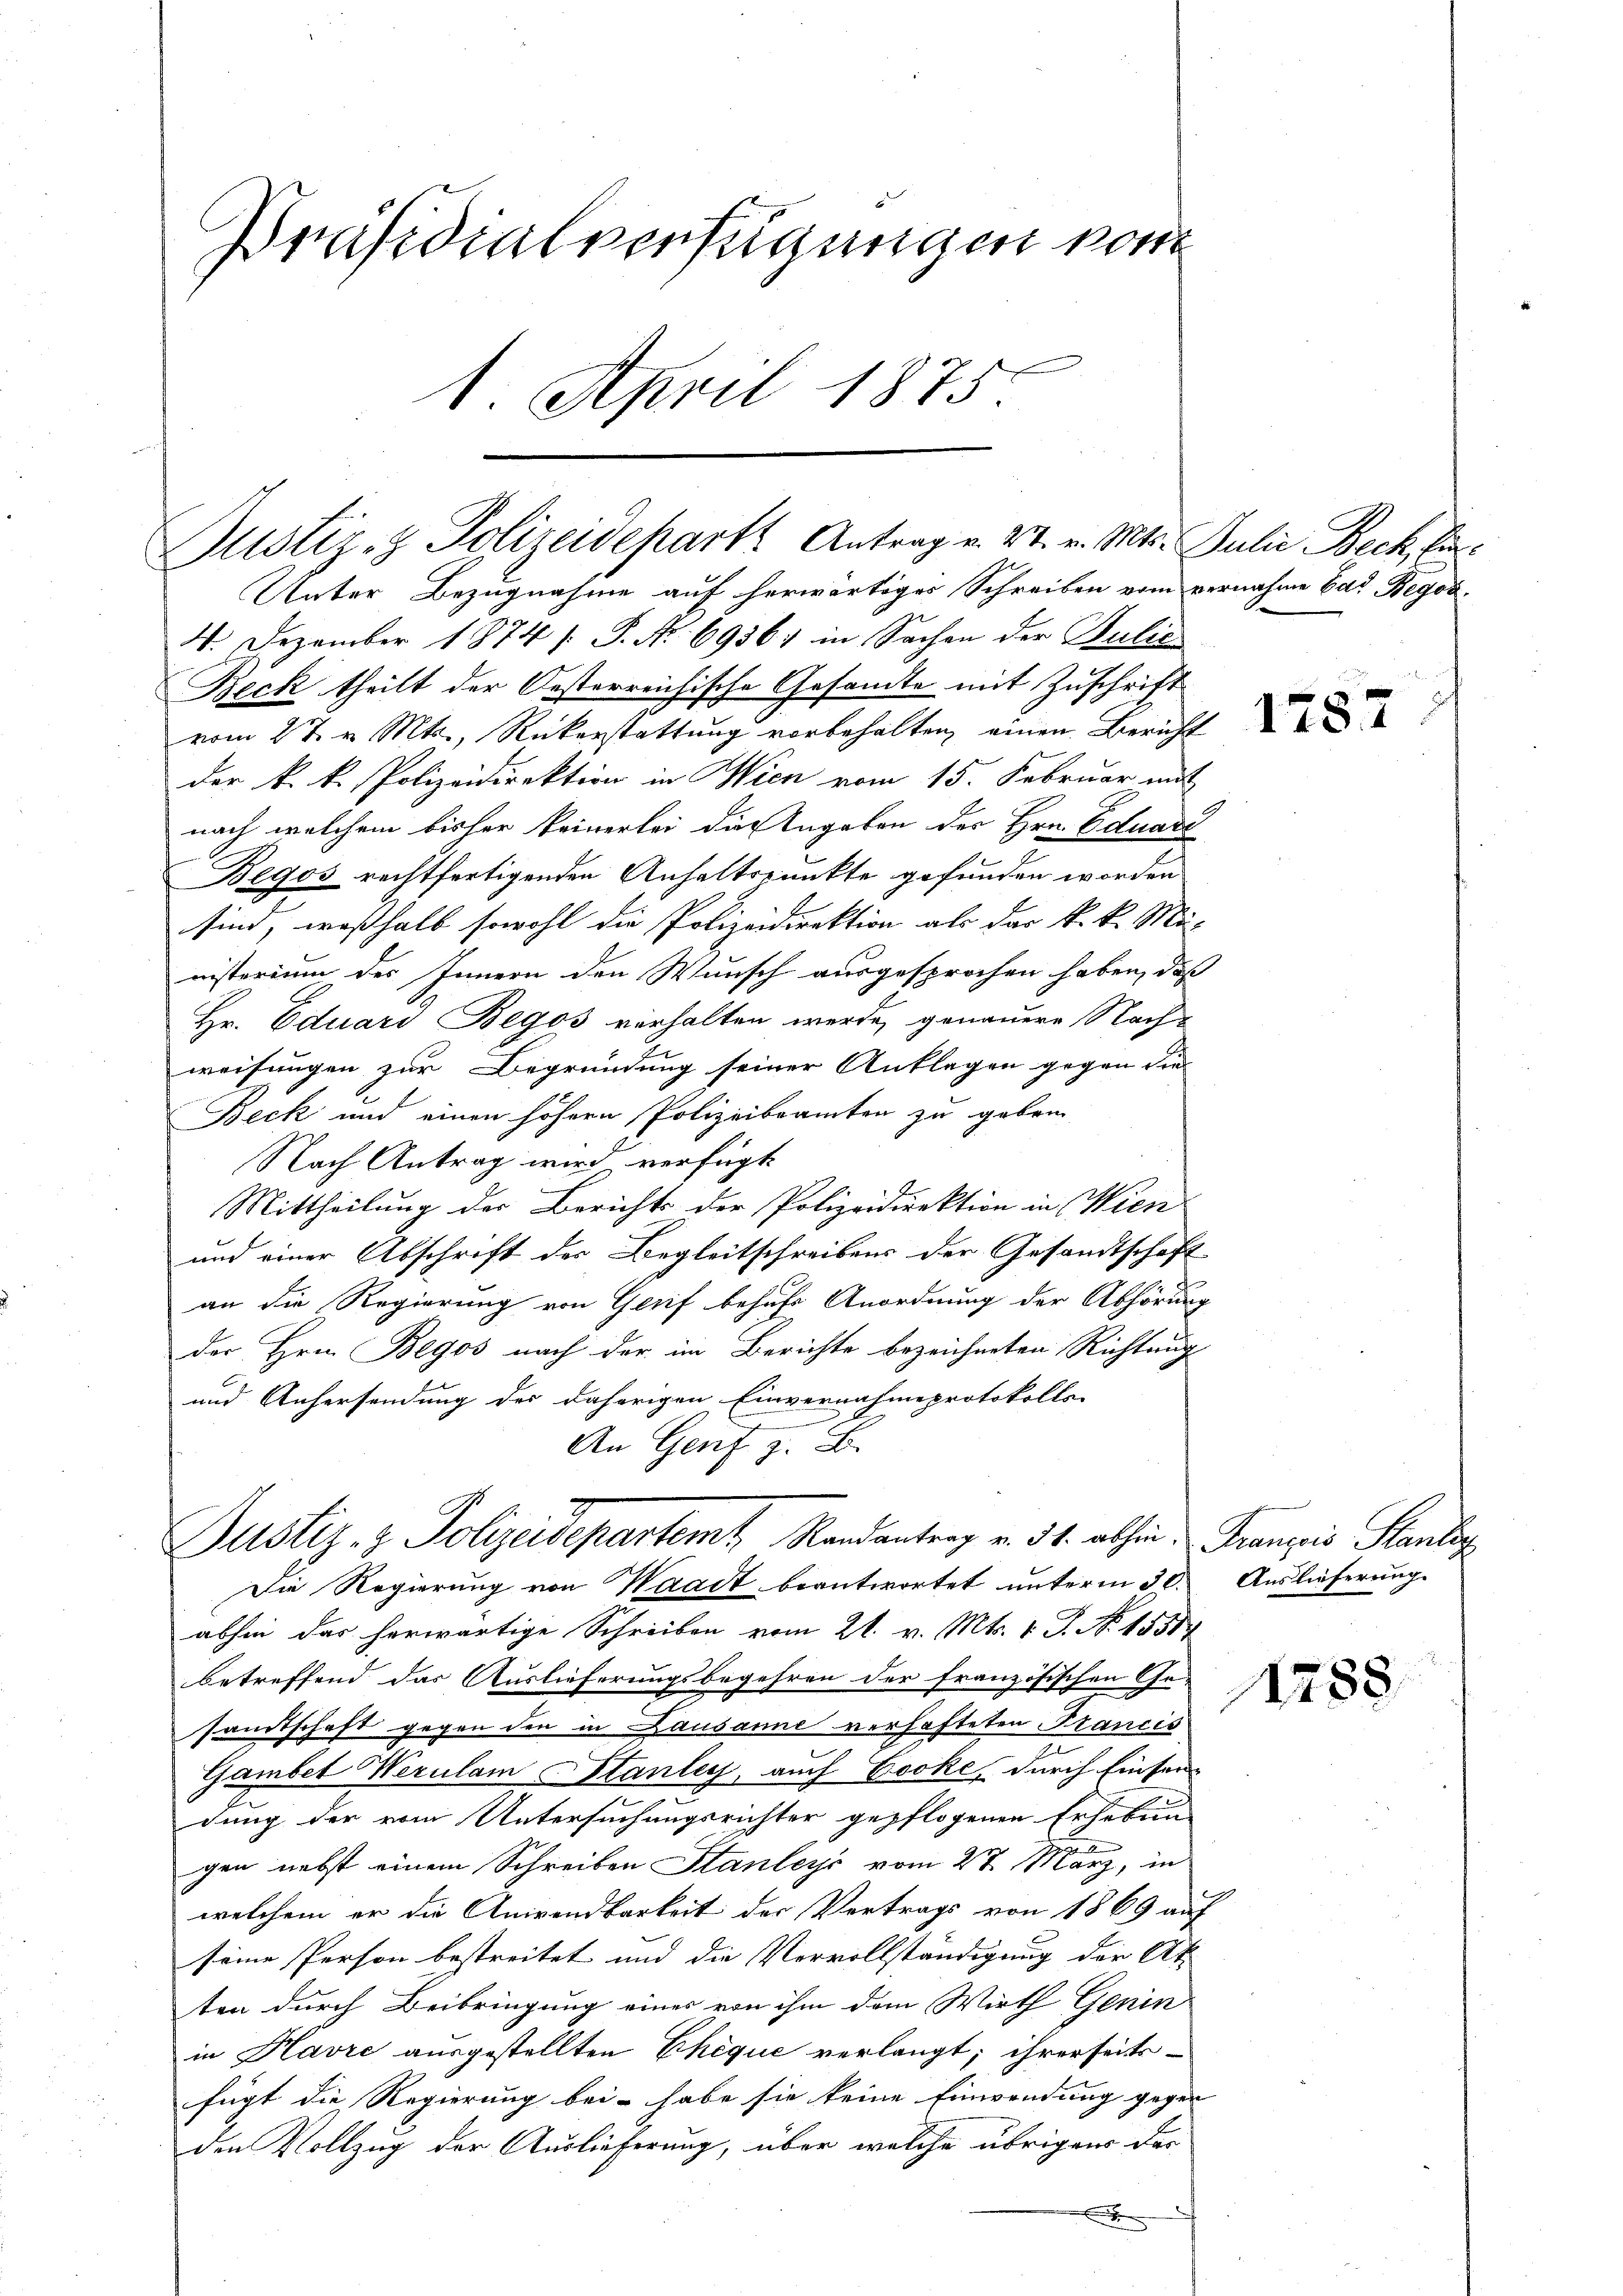
Präsidialverfügungen von
1. April 1875.

Unter Bezugnahme auf herwärtiges Schreiben vom vernahme Ed. Begos¬
4. Dezember 1874 /: P. Nr. 6936) in Sachen der Sulić
Beck theilt der Oesterreichische Gesandte mit Zuschrift
vom 27. v. Mts., Rückerstattung vorbehalten, einen Bericht
der k. k. Polizeidirektion in Wien vom 15. Februar mit
nach welchem bisher keinerlei dies Angaben des Hrn. Eduard
Begos rechtfertigenden Anhaltspunkte gefunden worden
sind, weßhalb sowohl die Polizeidirektion als das k. k. Mi-
nisterium des Innern den Wunsch ausgesprochen haben, daß
Hr. Eduard Begos verhalten werde, genauere Nach-
weisungen zur Begründung seiner Anklagen gegen die
Beck und einen höhern Polizeibeamten zu geben
Nach Antrag wird verfügt
Mittheilung der Berichts der Polizeidirektion in Wien
und einer Abschrift der Begleitschreibens der Gesandtschaft
an die Regierung von Gerif behufs Anordnung der Abhörung
der Hrn. Begos nach der im Berichte bezeichneten Richtung
und Anhersendung des daherigen Einvernahmeprotokolls-
An Genf
Justiz- & Polizeidepartemt, Randantrag v. 31. abhin Franzis Stander
Die Regierung von Waadt beantwortet unterm 30.
abhin das herwärtige Schreiben vom 21. v. Mts. 1. P. No. 1851
betreffend das Auslieferungsbegehren der französischen Ge-
samtschaft gegen den in Lausanne verhafteten Trancis
Gambet Werulam Stanley, auch Locke, durch Einsei
dung der vom Untersuchungsrichter gepflogenen Erhebun
gen nebst einem Schreiben Stanleys vom 27. März, in
welchem er die Anirendbarkeit der Vertrags von 1869 auf
seine Person bestreitet und die Vervollständigung der Ak
ten durch Beibringung eines von ihm dem Wirth Genin
in Havre ausgestellten Chique verlangt; ihrerseits-
fügt die Regierung bei - habe sie keine Einwendung gegen
den Vollzug der Auslieferung, über welche übrigens der
x

Justiz- & Polizeideparte Antrag v. 27. v. Mts. Julii Beck, Ein¬

1787

Auslieferung.

1288